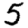
Digit: 5